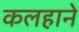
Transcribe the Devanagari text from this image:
कलहाने